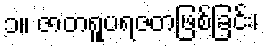
၁။ ဇာတရူပရဇတဖြစ်ခြင်း၊